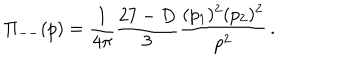
LaTeX: \displaystyle { \Pi _ { -- } ( p ) } = \displaystyle { \frac { 1 } { 4 \pi } \frac { 2 7 - D } { 3 } \frac { ( p _ { 1 } ) ^ { 2 } ( p _ { 2 } ) ^ { 2 } } { p ^ { 2 } } \, . }